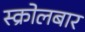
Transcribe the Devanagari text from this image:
स्क्रोलबार